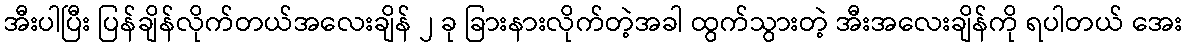
အီးပါပြီး ပြန်ချိန်လိုက်တယ်အလေးချိန် ၂ ခု ခြားနားလိုက်တဲ့အခါ ထွက်သွားတဲ့ အီးအလေးချိန်ကို ရပါတယ် အေး